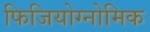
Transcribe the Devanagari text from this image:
फिजियोग्नोमिक